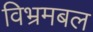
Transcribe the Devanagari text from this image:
विभ्रमबल